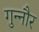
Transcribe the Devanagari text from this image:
गुन्‍नौर